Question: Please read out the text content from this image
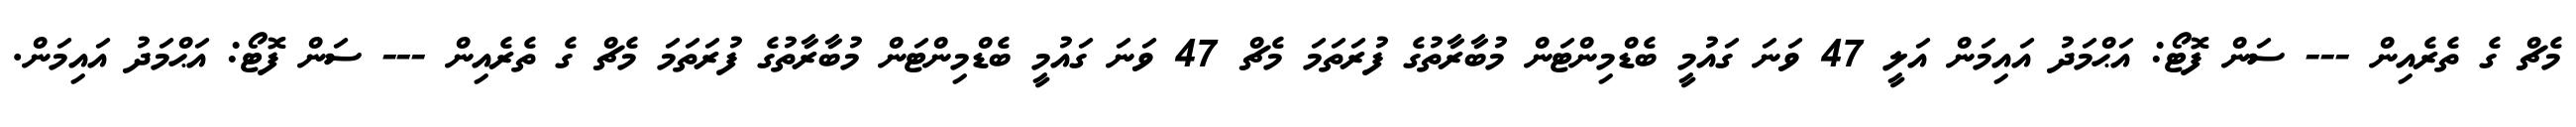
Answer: މެޗް ގެ ތެރެއިން --- ސަން ފޮޓޯ: އަޙްމަދު އައިމަން އަލީ 47 ވަނަ ގައުމީ ބެޑްމިންޓަން މުބާރާތުގެ ފުރަތަމަ މެޗް 47 ވަނަ ގައުމީ ބެޑްމިންޓަން މުބާރާތުގެ ފުރަތަމަ މެޗް ގެ ތެރެއިން --- ސަން ފޮޓޯ: އަޙްމަދު އައިމަން.